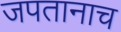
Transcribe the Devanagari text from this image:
जपतानाच